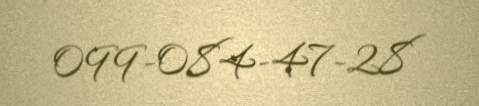
099-084-47-28